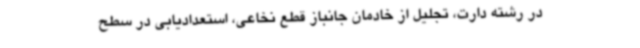
در رشته دارت، تجلیل از خادمان جانباز قطع نخاعی، استعدادیابی در سطح